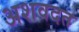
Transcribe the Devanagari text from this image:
अशवदत